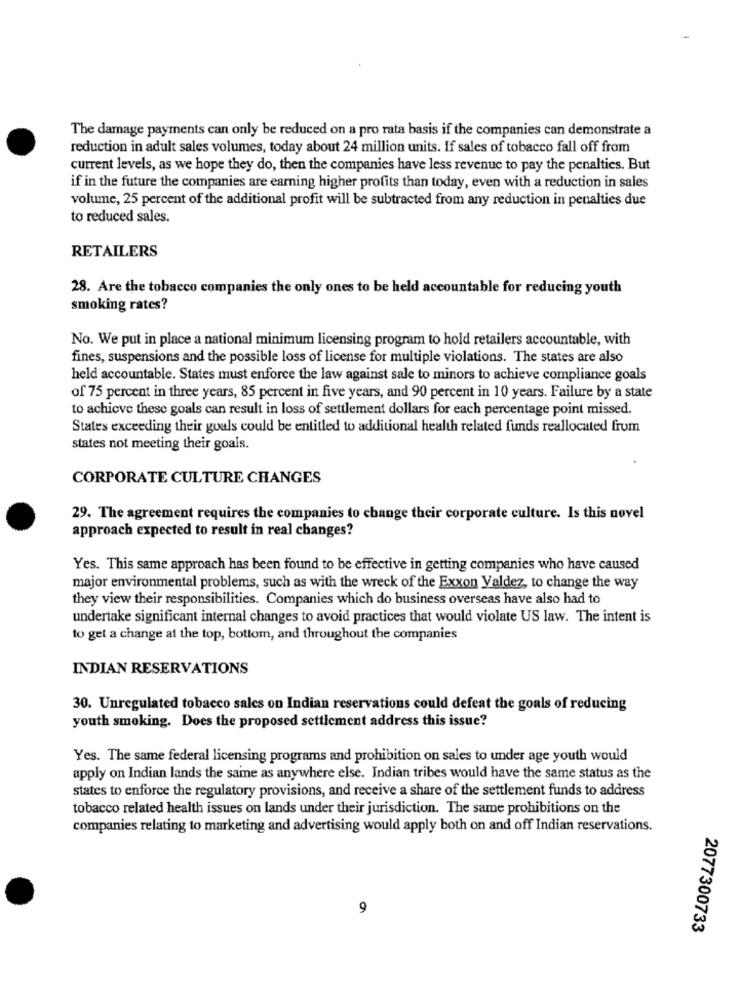
The damage payments can only be reduced on a pro rata basis if the companies can demonstrate a
reduction in adult sales volumes, today about 24 million units. If sales of tobacco fall off from
current levels, as we hope they do, then the companies have less revenue to pay the penalties. But
if in the future the companies are earning higher profits than today, even with a reduction in sales
volume, 25 percent of the additional profit will be subtracted from any reduction in penalties due
to reduced sales.
RETAILERS
28. Are the tobacco companies the only ones to be held accountable for reducing youth
smoking rates?
No. We put in place a national minimum licensing program to hold retailers accountable, with
fines, suspensions and the possible loss of license for multiple violations. The states are also
held accountable. States must enforce the law against sale to minors to achieve compliance goals
of 75 percent in three years, 85 percent in five years, and 90 percent in 10 years. Failure by a state
to achieve these goals can result in loss of settlement dollars for each percentage point missed.
States exceeding their goals could be entitled to additional health related funds reallocated from
states not meeting their goals.
CORPORATE CULTURE CHANGES
29. The agreement requires the companies to change their corporate culture. Is this novel
approach expected to result in real changes?
Yes. This same approach has been found to be effective in getting companies who have caused
major environmental problems, such as with the wreck of the Exxon Valdez, to change the way
they view their responsibilities. Companies which do business overseas have also had to
undertake significant internal changes to avoid practices that would violate US law. The intent is
to get a change at the top, bottom, and throughout the companies
INDIAN RESERVATIONS
30. Unregulated tobacco sales on Indian reservations could defeat the goals of reducing
youth smoking. Does the proposed settlement address this issue?
Yes. The same federal licensing programs and prohibition on sales to under age youth would
apply on Indian lands the saine as anywhere else. Indian tribes would have the same status as the
states to enforce the regulatory provisions, and receive a share of the settlement funds to address
tobacco related health issues on lands under their jurisdiction. The same prohibitions on the
companies relating to marketing and advertising would apply both on and off Indian reservations.
9
2077300733